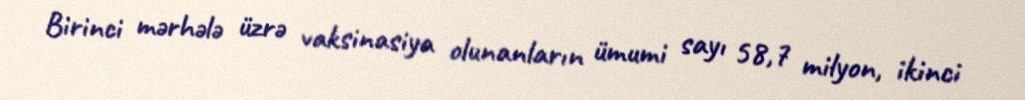
Birinci mərhələ üzrə vaksinasiya olunanların ümumi sayı 58,7 milyon, ikinci